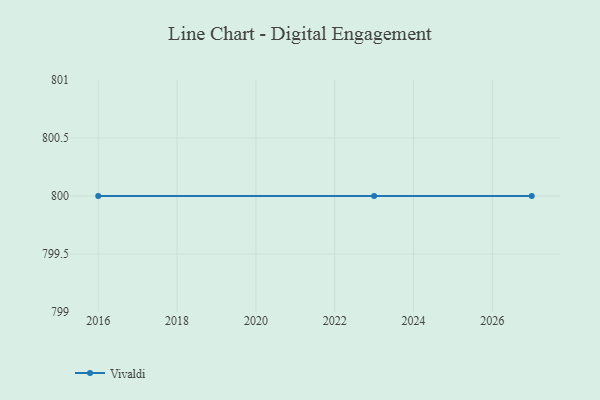
{"axis": {"x": "Year", "y": "Backlog"}, "legend": ["Vivaldi"], "data": [{"x": "2027", "y": 800, "type": "Vivaldi"}, {"x": "2016", "y": 800, "type": "Vivaldi"}, {"x": "2023", "y": 800, "type": "Vivaldi"}]}